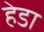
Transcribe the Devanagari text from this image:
हेडा